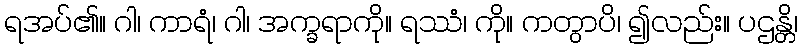
ရအပ်၏။ ဂါ၊ ကာရံ၊ ဂါ၊ အက္ခရာကို။ ရဿံ၊ ကို။ ကတွာပိ၊ ၍လည်း။ ပဌန္တိ၊